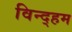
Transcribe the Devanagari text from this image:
विन्द्हम